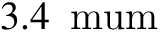
3 . 4 \, \mathrm { \ m u m }